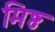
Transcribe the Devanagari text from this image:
मिष्ठ